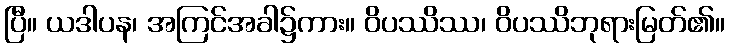
ပြီ။ ယဒါပန၊ အကြင်အခါ၌ကား။ ဝိပဿိဿ၊ ဝိပဿိဘုရားမြတ်၏။